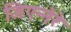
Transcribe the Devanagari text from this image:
जिएन्नेरे